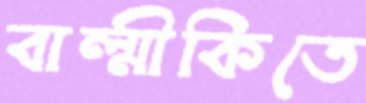
বাল্মীকিতে